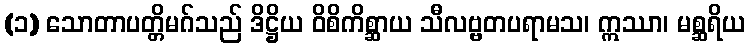
(၁) သောတာပတ္တိမဂ်သည် ဒိဋ္ဌိယ ဝိစိကိစ္ဆာယ သီလဗ္ဗတပရာမသ၊ ဣဿာ၊ မစ္ဆရိယ